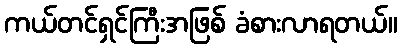
ကယ်တင်ရှင်ကြီးအဖြစ် ခံစားလာရတယ်။